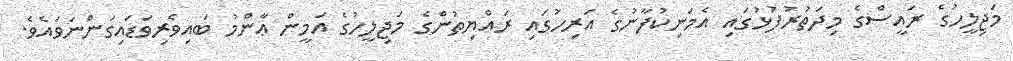
މަޖިލީހުގެ ރައީސްގެ މިދަތުރުފުޅުގައި އެމަނިކުފާނުގެ އަރިހުގައި ރައްޔިތުންގެ މަޖިލީހުގެ އަމީން ޢާންމު ބައިވެރިވަޑައިގަންނަވައެވެ.